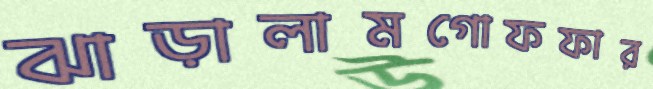
ঝাড়ালামগোফফার